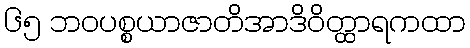
၆၅ ဘဝပစ္စယာဇာတိအာဒိဝိတ္ထာရကထာ